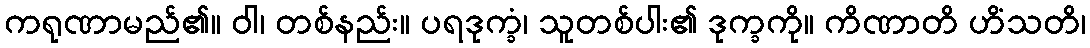
ကရုဏာမည်၏။ ဝါ၊ တစ်နည်း။ ပရဒုက္ခံ၊ သူတစ်ပါး၏ ဒုက္ခကို။ ကိဏာတိ ဟိံသတိ၊